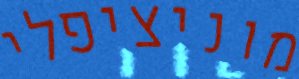
מוניציפלי